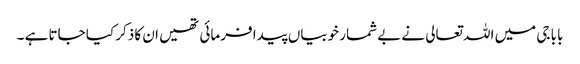
بابا جی میں اللہ تعالی نے بے شمار خوبیاں پیدا فرمائی تھیں ان کا ذکر کیا جاتا ہے ۔